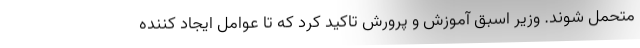
متحمل شوند. وزیر اسبق آموزش و پرورش تاکید کرد که تا عوامل ایجاد کننده